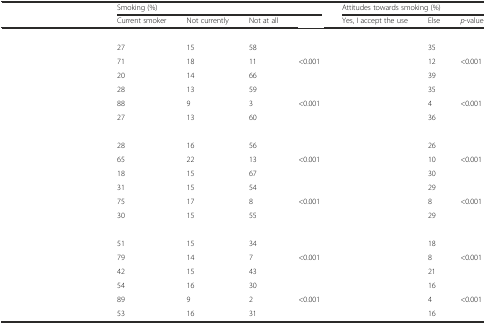
<table><thead><tr><td>[EMPTY_CELL]</td><td colspan="4"><b>Smoking (%)</b></td><td colspan="3"><b>Attitudes towards smoking (%)</b></td></tr><tr><td>[EMPTY_CELL]</td><td><b>Current smoker</b></td><td><b>Not currently</b></td><td><b>Not at all</b></td><td>[EMPTY_CELL]</td><td><b>Yes, I accept the use</b></td><td><b>Else</b></td><td><b><i>p</i>-value</b></td></tr></thead><tbody><tr><td>[EMPTY_CELL]</td><td>[EMPTY_CELL]</td><td>[EMPTY_CELL]</td><td>[EMPTY_CELL]</td><td>[EMPTY_CELL]</td><td>[EMPTY_CELL]</td><td>[EMPTY_CELL]</td><td>[EMPTY_CELL]</td></tr><tr><td>[EMPTY_CELL]</td><td>27</td><td>15</td><td>58</td><td>[EMPTY_CELL]</td><td>[EMPTY_CELL]</td><td>35</td><td>[EMPTY_CELL]</td></tr><tr><td>[EMPTY_CELL]</td><td>71</td><td>18</td><td>11</td><td>&lt;0.001</td><td>[EMPTY_CELL]</td><td>12</td><td rowspan="2">&lt;0.001</td></tr><tr><td>[EMPTY_CELL]</td><td>20</td><td>14</td><td>66</td><td>[EMPTY_CELL]</td><td>[EMPTY_CELL]</td><td>39</td></tr><tr><td>[EMPTY_CELL]</td><td>28</td><td>13</td><td>59</td><td>[EMPTY_CELL]</td><td>[EMPTY_CELL]</td><td>35</td><td>[EMPTY_CELL]</td></tr><tr><td>[EMPTY_CELL]</td><td>88</td><td>9</td><td>3</td><td>&lt;0.001</td><td>[EMPTY_CELL]</td><td>4</td><td rowspan="2">&lt;0.001</td></tr><tr><td>[EMPTY_CELL]</td><td>27</td><td>13</td><td>60</td><td>[EMPTY_CELL]</td><td>[EMPTY_CELL]</td><td>36</td></tr><tr><td>[EMPTY_CELL]</td><td>[EMPTY_CELL]</td><td>[EMPTY_CELL]</td><td>[EMPTY_CELL]</td><td>[EMPTY_CELL]</td><td>[EMPTY_CELL]</td><td>[EMPTY_CELL]</td><td>[EMPTY_CELL]</td></tr><tr><td>[EMPTY_CELL]</td><td>28</td><td>16</td><td>56</td><td>[EMPTY_CELL]</td><td>[EMPTY_CELL]</td><td>26</td><td>[EMPTY_CELL]</td></tr><tr><td>[EMPTY_CELL]</td><td>65</td><td>22</td><td>13</td><td>&lt;0.001</td><td>[EMPTY_CELL]</td><td>10</td><td rowspan="2">&lt;0.001</td></tr><tr><td>[EMPTY_CELL]</td><td>18</td><td>15</td><td>67</td><td>[EMPTY_CELL]</td><td>[EMPTY_CELL]</td><td>30</td></tr><tr><td>[EMPTY_CELL]</td><td>31</td><td>15</td><td>54</td><td>[EMPTY_CELL]</td><td>[EMPTY_CELL]</td><td>29</td><td>[EMPTY_CELL]</td></tr><tr><td>[EMPTY_CELL]</td><td>75</td><td>17</td><td>8</td><td>&lt;0.001</td><td>[EMPTY_CELL]</td><td>8</td><td rowspan="2">&lt;0.001</td></tr><tr><td>[EMPTY_CELL]</td><td>30</td><td>15</td><td>55</td><td>[EMPTY_CELL]</td><td>[EMPTY_CELL]</td><td>29</td></tr><tr><td>[EMPTY_CELL]</td><td>[EMPTY_CELL]</td><td>[EMPTY_CELL]</td><td>[EMPTY_CELL]</td><td>[EMPTY_CELL]</td><td>[EMPTY_CELL]</td><td>[EMPTY_CELL]</td><td>[EMPTY_CELL]</td></tr><tr><td>[EMPTY_CELL]</td><td>51</td><td>15</td><td>34</td><td>[EMPTY_CELL]</td><td>[EMPTY_CELL]</td><td>18</td><td>[EMPTY_CELL]</td></tr><tr><td>[EMPTY_CELL]</td><td>79</td><td>14</td><td>7</td><td>&lt;0.001</td><td>[EMPTY_CELL]</td><td>8</td><td rowspan="2">&lt;0.001</td></tr><tr><td>[EMPTY_CELL]</td><td>42</td><td>15</td><td>43</td><td>[EMPTY_CELL]</td><td>[EMPTY_CELL]</td><td>21</td></tr><tr><td>[EMPTY_CELL]</td><td>54</td><td>16</td><td>30</td><td>[EMPTY_CELL]</td><td>[EMPTY_CELL]</td><td>16</td><td>[EMPTY_CELL]</td></tr><tr><td>[EMPTY_CELL]</td><td>89</td><td>9</td><td>2</td><td>&lt;0.001</td><td>[EMPTY_CELL]</td><td>4</td><td rowspan="2">&lt;0.001</td></tr><tr><td>[EMPTY_CELL]</td><td>53</td><td>16</td><td>31</td><td>[EMPTY_CELL]</td><td>[EMPTY_CELL]</td><td>16</td></tr></tbody></table>